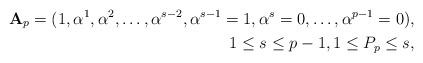
LaTeX: \begin{align*}\mathbf A_p=(1,\alpha^1, \alpha^2,\ldots,\alpha^{s-2},\alpha^{s-1}=1, \alpha^s = 0, \ldots, \alpha^{p-1}=0),& \\1 \leq s \leq p-1, 1 \leq P_p \leq s,& \end{align*}